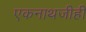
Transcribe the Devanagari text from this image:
एकनाथजीही